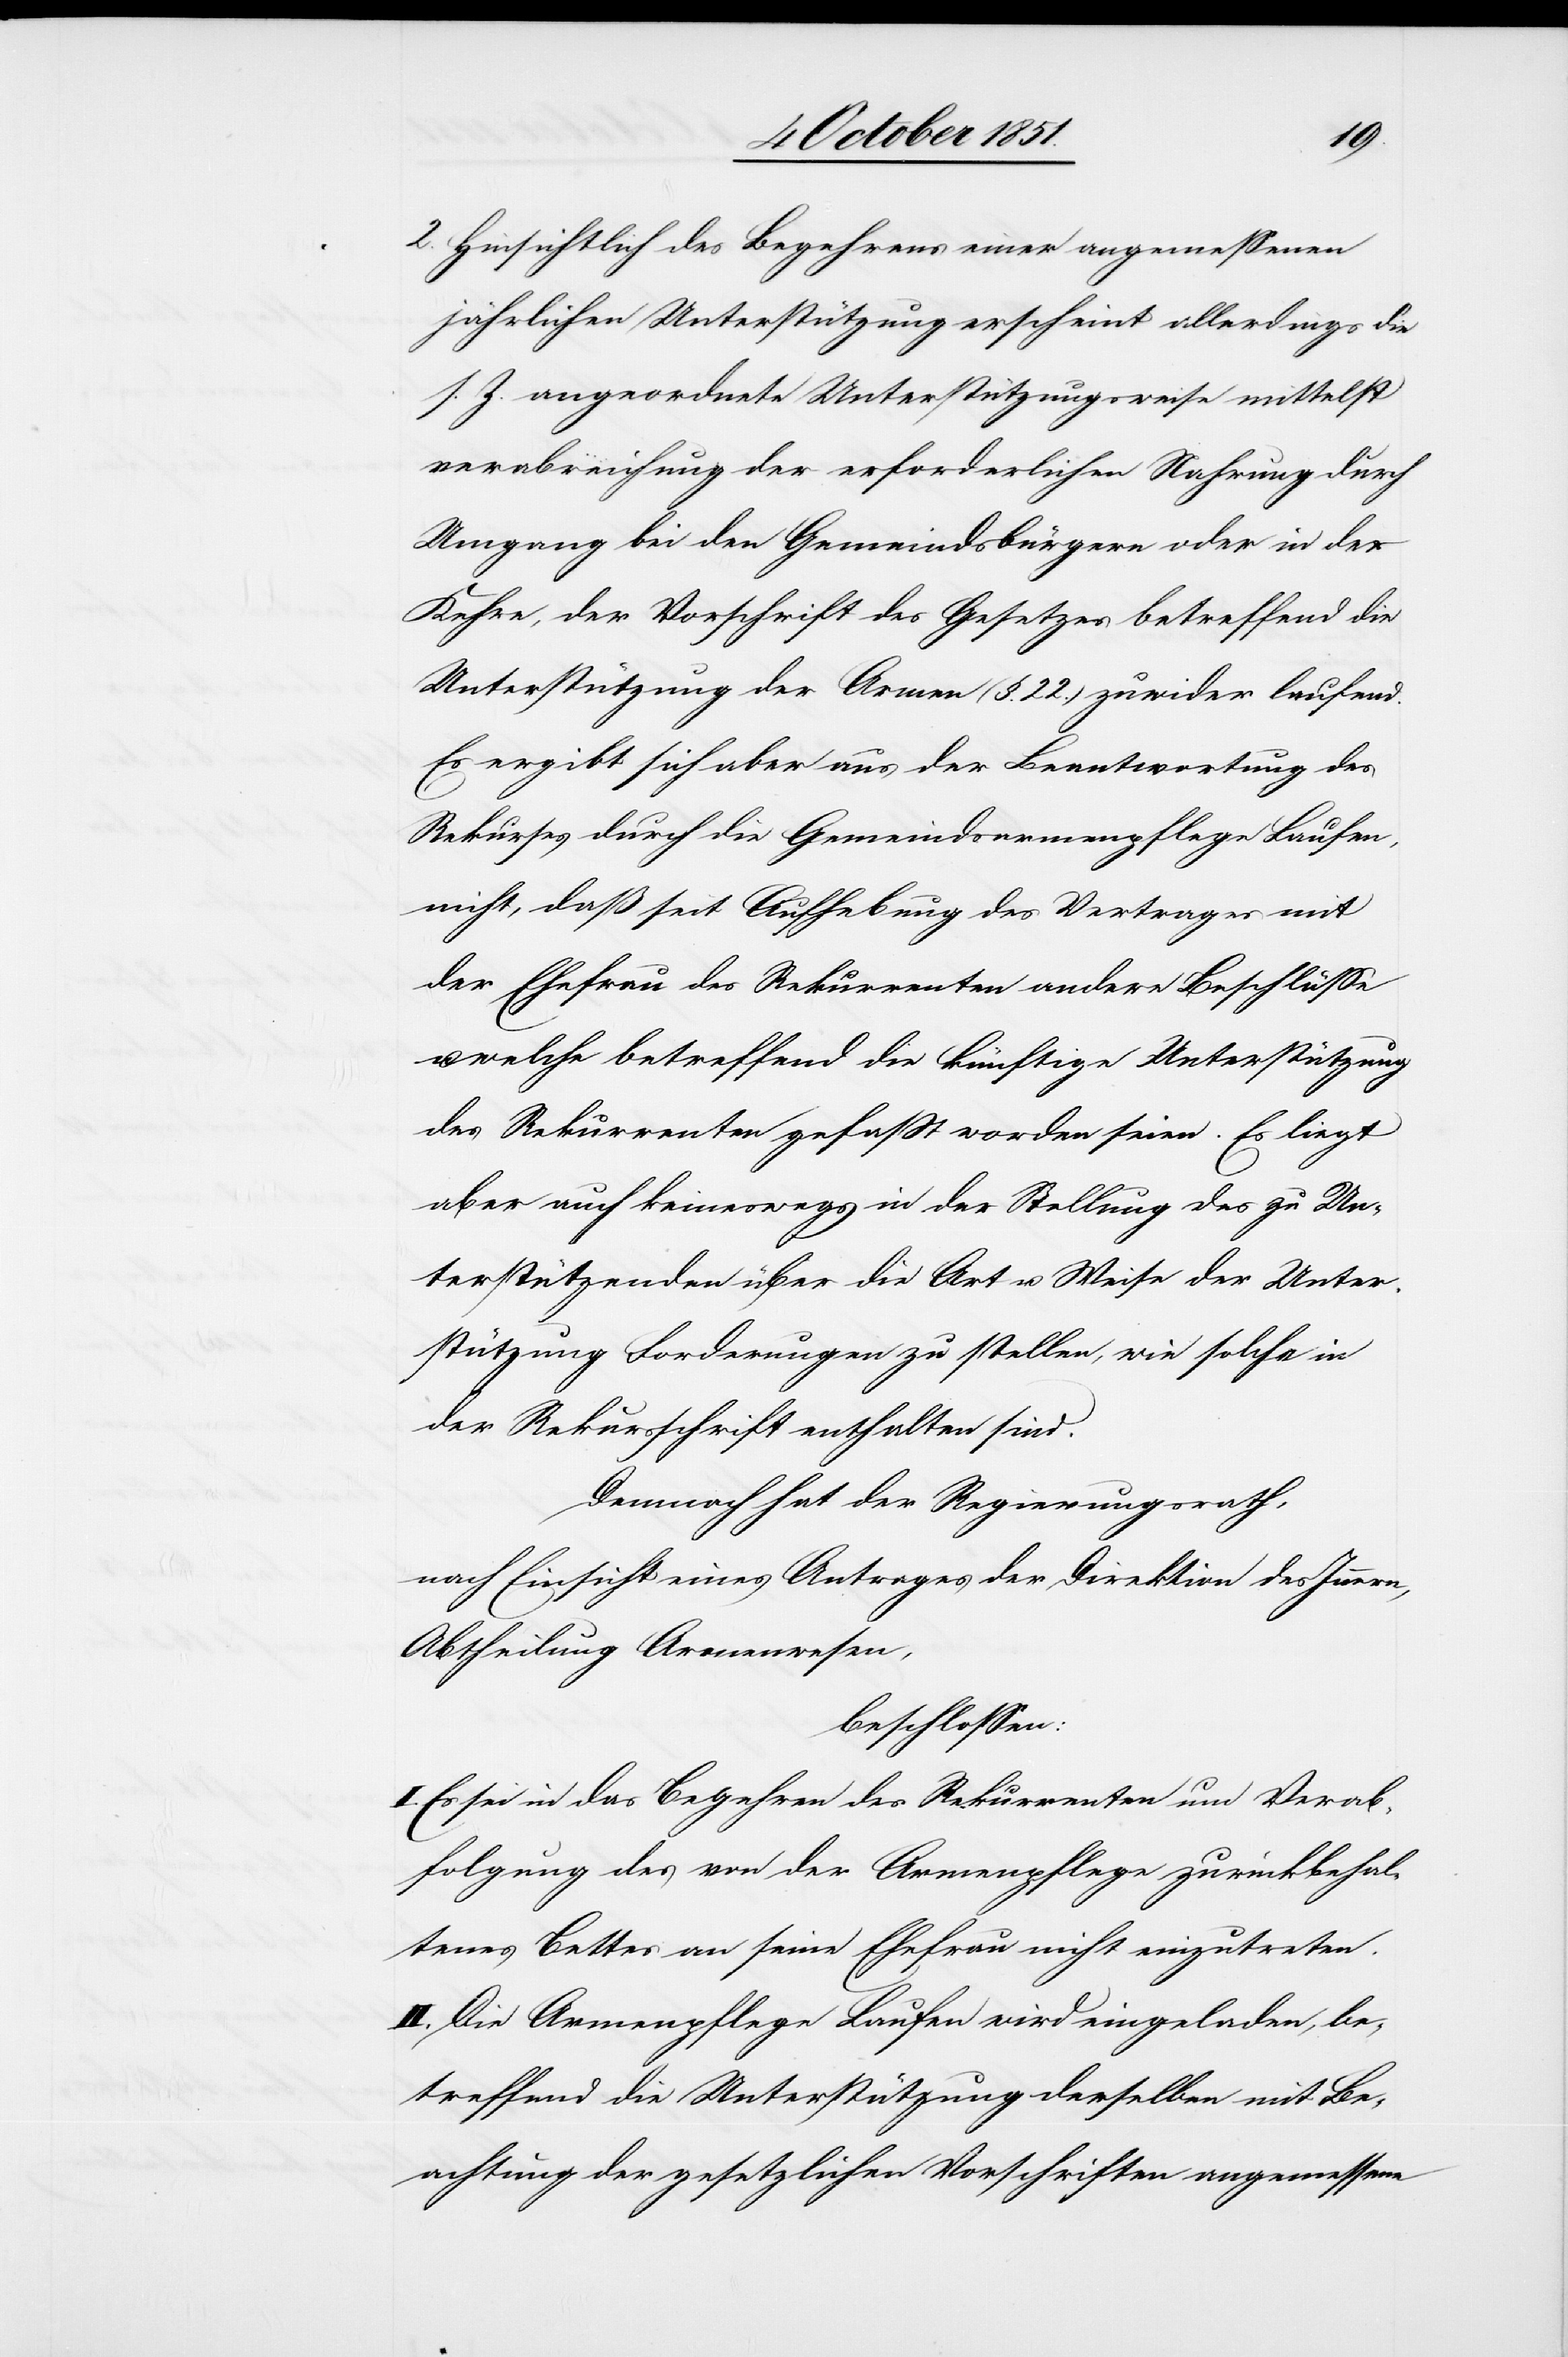
2.
Hinsichtlich des Begehrens einer angemessenen
jährlichen Unterstützung erscheint allerdings die
s. Z. angeordnete Unterstützungsweise mittelst
verabreichung [sic!] der erforderlichen Nahrung durch
Umgang bei den Gemeindsbürgern oder in der
Kehre, der Vorschrift des Gesetzes betreffend die
Unterstützung der Armen (§. 22.) zuwider laufend.
Es ergibt sich aber aus der Beantwortung des
Rekurses durch die Gemeindsarmenpflege Laufen,
nicht, daß seit Aufhebung des Vertrages mit
der Ehefrau des Rekurrenten andere Beschlüsse
welche betreffend die künftige Unterstützung
des Rekurrenten gefaßt worden seien. Es liegt
aber auch keineswegs in der Stellung des zu Un¬
terstützenden über die Art u. Weise der Unter¬
stützung Forderungen zu stellen, wie solche in
der Rekursschrift enthalten sind.
Demnach hat der Regierungsrath,
nach Einsicht eines Antrages der Direktion des Innern,
Abtheilung Armenwesen,
beschlossen:
I. Es sei in das Begehren des Rekurrenten um Verab¬
folgung des von der Armenpflege zurückbehaltenes
[sic!] Bettes an seine Ehefrau nicht einzutreten.
II. Die Armenpflege Laufen wird eingeladen, be¬
treffend die Unterstützung derselben mit Be¬
achtung der gesetzlichen Vorschriften angemessene